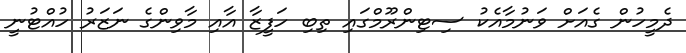
ދެމީހުން ގެއަށް ވަނުމާއެކު ސިޓިންރޫމްގައި ތިބި ހަފީޒާ އާއި މާވިންގެ ނަޒަރު ހުއްޓުނީ